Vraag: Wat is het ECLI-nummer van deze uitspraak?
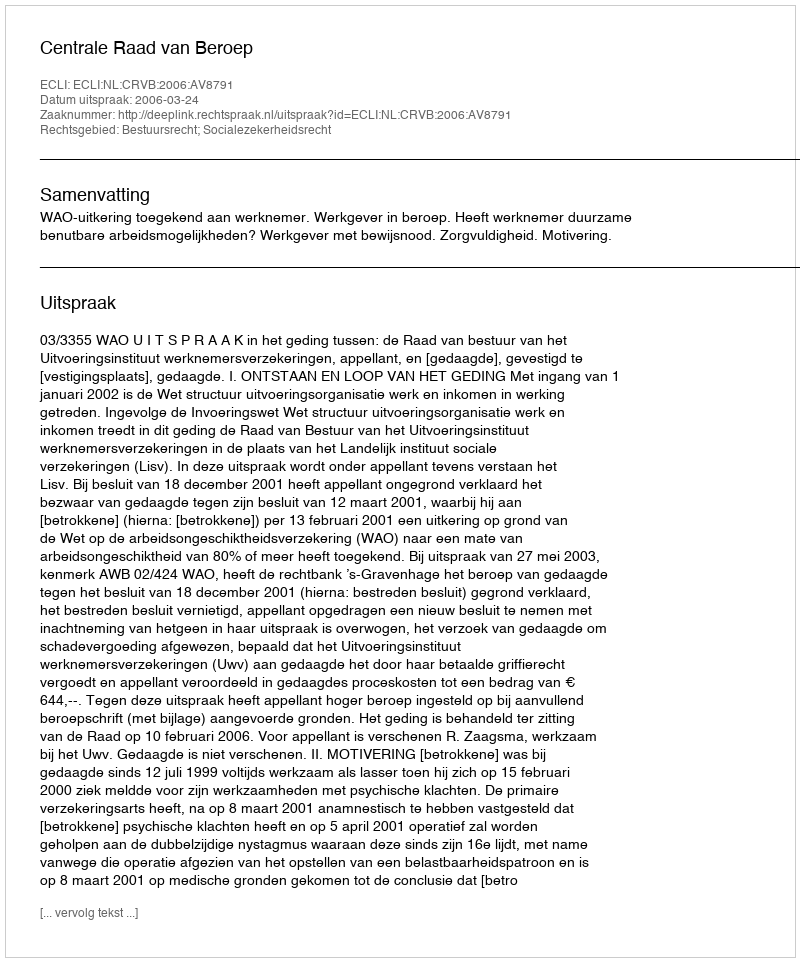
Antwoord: ECLI:NL:CRVB:2006:AV8791